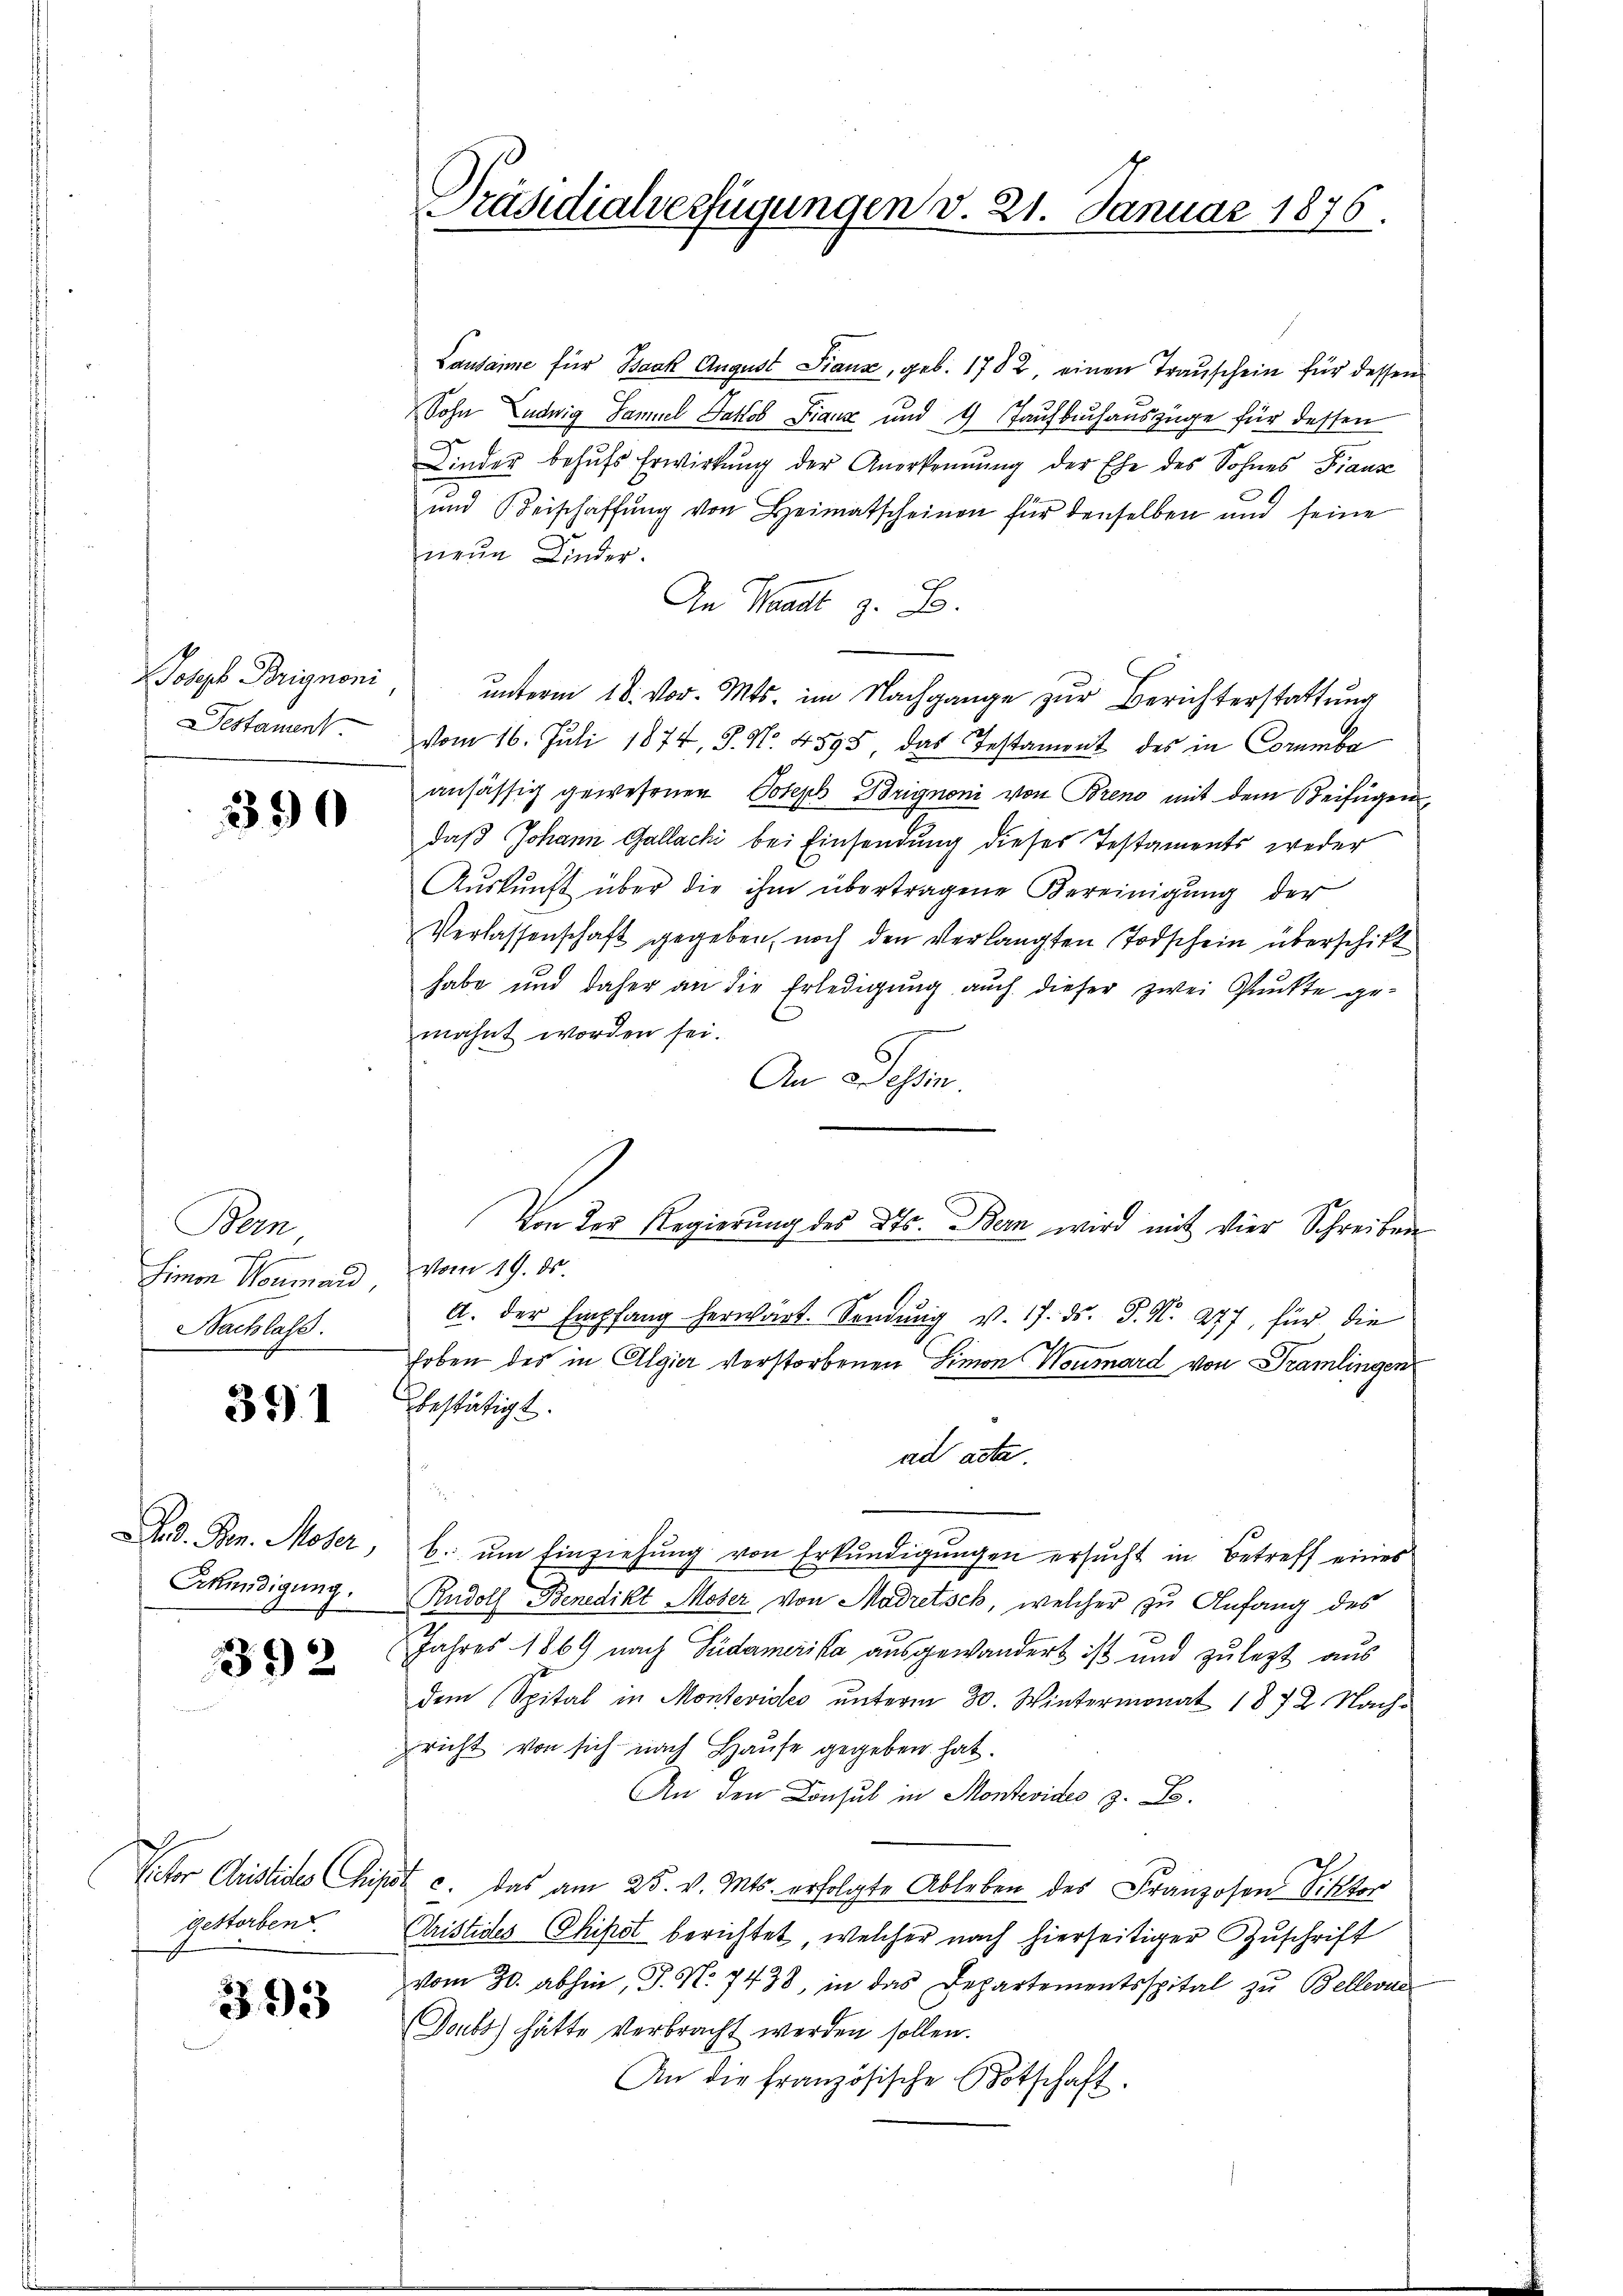
Joseph Brignoni
Destament

390

Bern
e
Einen Normand,
Bachlass

351

d. Gen. Moser,
Erkündigung.

392

gestorben.

393

Lausanne für Baak August Fiaux, geb. 1782, einen Trauschein für dessen
Sohn Ludwig Samuel Jakob Franz und 4 aufbuchauszüge für dessen
Kinder behŭfs Erwirkung der Anerkennung der Ehe des Sohnes Fiaus
und Beischaffŭng von Heimatscheinen für denselben und seine
neun Kinder.
An Waadt z. B.
unterm 18. vor. Mts. im Nachgange zur Berichterstattung
vom 16. Juli 1874, S. Nr. 4595, das Testament des in Coramba
ansässig gewesenen Joseph Brignoni von Brend mit dem Beifügen,
daß Johann Gallachi bei Einsendung dieses Testaments weder
Aŭskŭnft über die ihm übertragene Vereinigŭng der
Verlassenschaft gegeben, noch den verlangten Todschein überschikt
habe und daher an die Erledigung auch dieser zwei Punkte gemahnt worden sei.
6
An Wessin.
vom 19. ds.
A. der Empfang herwärt. Sendung v. 17. ds. P. N. 277, für die
Erben der in Algier verstorbenen Simon Neumard von Tramlingen
bestätigt.
ad acta.
b. ŭm Einziehŭng von Erkŭndigŭngen ersucht in Betreff eines
Rudolf Benedikt Moser von Madretsch, welcher zu Anfang des
Jahres 1869 nach Südamerika ausgewandert ist und zu legt aus
dem Spital in Montevideo unterm 30. Wintermonat 1872 Nachricht von sich nach Hause gegeben hat.
An den Consul in Montevides z. B.
Vctor Christides Chipst c. das am 25. v. Mts. erfolgte Ableben des Franzosen Viktor
Cristides Chipot berichtet, welcher nach hierseitiger Zuschrift
vom 30. abhin, J. N. 7438, in das Departementsspital zŭ Bellerne
Doubs) hätte verbracht werden sollen.
An die französische Botschaft.

Präsidialverfügungen v. 21. Januar 1876.

Von der Regierung des Kts. Bern wird mit vier Schreiben